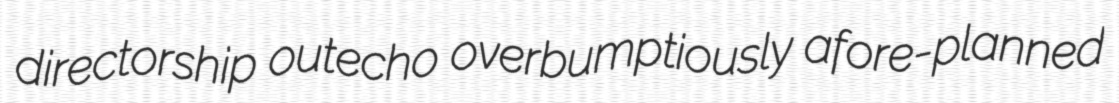
directorship outecho overbumptiously afore-planned